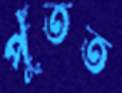
পুঁতত